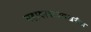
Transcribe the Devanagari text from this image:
महादरवाज्याखेरीज